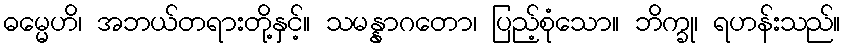
ဓမ္မေဟိ၊ အဘယ်တရားတို့နှင့်။ သမန္နာဂတော၊ ပြည့်စုံသော။ ဘိက္ခု၊ ရဟန်းသည်။